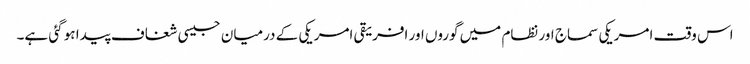
اس وقت امریکی سماج اور نظام میں گوروں اور افریقی امریکی کے درمیان جیسی شغاف پیدا ہو گئی ہے۔